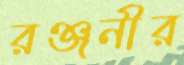
রঞ্জনীর